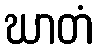
ဃာတံ